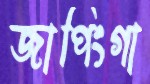
জাপিংগা